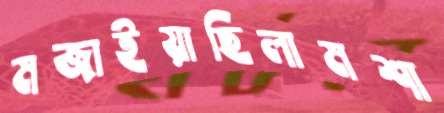
মজাইয়াছিলামশা